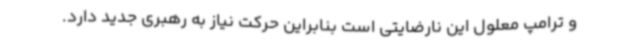
و ترامپ معلول این نارضایتی است بنابراین حرکت نیاز به رهبری جدید دارد.